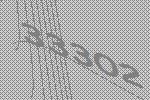
33302